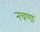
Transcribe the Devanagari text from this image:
नचणा